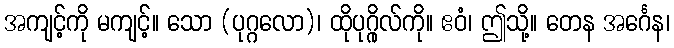
အကျင့်ကို မကျင့်။ သော (ပုဂ္ဂလော)၊ ထိုပုဂ္ဂိုလ်ကို။ ဧဝံ၊ ဤသို့။ တေန အင်္ဂေန၊